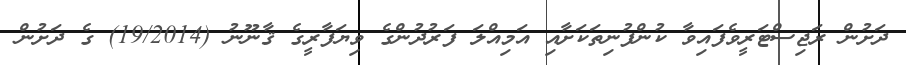
ދަށުން ރަޖިސްޓަރީވެފައިވާ ކުންފުނިތަކަށާއި އަމިއްލަ ފަރުދުންގެ ވިޔަފާރީގެ ޤާނޫނު (19/2014) ގެ ދަށުން